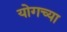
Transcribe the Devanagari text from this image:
योगच्या